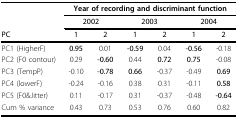
<table><thead><tr><td></td><td colspan="6"><b>Year of recording and discriminant function</b></td></tr><tr><td></td><td colspan="2"><b>2002</b></td><td colspan="2"><b>2003</b></td><td colspan="2"><b>2004</b></td></tr><tr><td><b>PC</b></td><td><b>1</b></td><td><b>2</b></td><td><b>1</b></td><td><b>2</b></td><td><b>1</b></td><td><b>2</b></td></tr></thead><tbody><tr><td>PC1 (HigherF)</td><td><b>0.95</b></td><td>0.01</td><td><b>-0.59</b></td><td>0.04</td><td><b>-0.56</b></td><td>-0.18</td></tr><tr><td>PC2 (F0 contour)</td><td>0.29</td><td><b>-0.60</b></td><td>0.44</td><td><b>0.72</b></td><td><b>0.75</b></td><td>-0.08</td></tr><tr><td>PC3 (TempP)</td><td>-0.10</td><td><b>-0.78</b></td><td><b>0.66</b></td><td>-0.37</td><td>-0.49</td><td><b>0.69</b></td></tr><tr><td>PC4 (lowerF)</td><td>-0.24</td><td>-0.16</td><td>0.38</td><td>0.31</td><td>-0.11</td><td><b>0.58</b></td></tr><tr><td>PC5 (F0&amp;Jitter)</td><td>0.11</td><td>-0.17</td><td>0.31</td><td>-0.37</td><td>-0.48</td><td><b>-0.64</b></td></tr><tr><td>Cum % variance</td><td>0.43</td><td>0.73</td><td>0.53</td><td>0.76</td><td>0.60</td><td>0.82</td></tr></tbody></table>